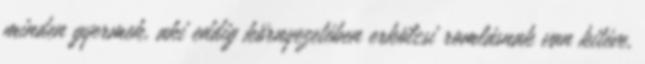
minden gyermek, aki eddig környezetében erkölcsi romlásnak van kitéve,